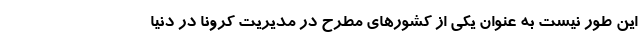
این طور نیست به عنوان یکی از کشورهای مطرح در مدیریت کرونا در دنیا